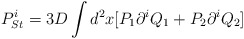
\begin{align*}P^i_{St}=3D\int d^2x[P_1\partial ^iQ_1+P_2\partial ^iQ_2]\end{align*}